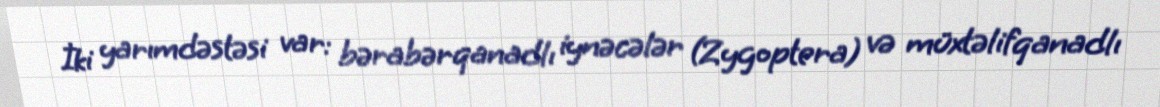
İki yarımdəstəsi var: bərabərqanadlı iynəcələr (Zygoptera) və müxtəlifqanadlı